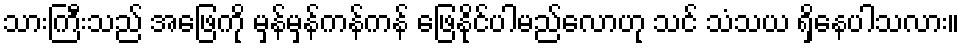
သားကြီးသည် အဖြေကို မှန်မှန်ကန်ကန် ဖြေနိုင်ပါမည်လောဟု သင် သံသယ ရှိနေပါသလား။